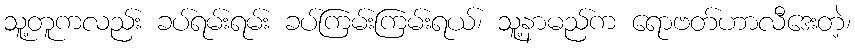
သူ့တူကလည်း ခပ်ရမ်းရမ်း ခပ်ကြမ်းကြမ်းရယ်၊ သူ့နာမည်က ရောဗတ်ဟာလီဒေးတဲ့၊